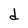
Character: d